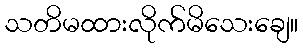
သတိမထားလိုက်မိသေးချေ။